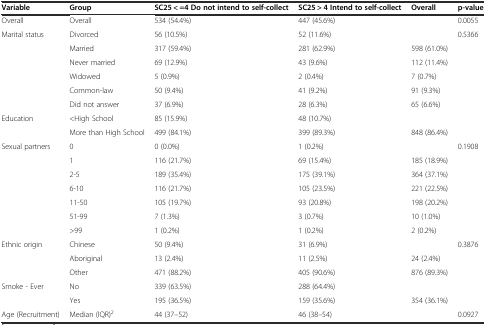
<table><thead><tr><td><b>Variable</b></td><td><b>Group</b></td><td><b>SC25 &lt; =4 Do not intend to self-collect</b></td><td><b>SC25 &gt; 4 Intend to self-collect</b></td><td><b>Overall</b></td><td><b>p-value</b></td></tr></thead><tbody><tr><td>Overall</td><td>Overall</td><td>534 (54.4%)</td><td>447 (45.6%)</td><td>[EMPTY_CELL]</td><td>0.0055</td></tr><tr><td rowspan="6">Marital status</td><td>Divorced</td><td>56 (10.5%)</td><td>52 (11.6%)</td><td>[EMPTY_CELL]</td><td>0.5366</td></tr><tr><td>Married</td><td>317 (59.4%)</td><td>281 (62.9%)</td><td>598 (61.0%)</td><td>[EMPTY_CELL]</td></tr><tr><td>Never married</td><td>69 (12.9%)</td><td>43 (9.6%)</td><td>112 (11.4%)</td><td>[EMPTY_CELL]</td></tr><tr><td>Widowed</td><td>5 (0.9%)</td><td>2 (0.4%)</td><td>7 (0.7%)</td><td>[EMPTY_CELL]</td></tr><tr><td>Common-law</td><td>50 (9.4%)</td><td>41 (9.2%)</td><td>91 (9.3%)</td><td>[EMPTY_CELL]</td></tr><tr><td>Did not answer</td><td>37 (6.9%)</td><td>28 (6.3%)</td><td>65 (6.6%)</td><td>[EMPTY_CELL]</td></tr><tr><td rowspan="2">Education</td><td><high school=""><td>85 (15.9%)</td><td>48 (10.7%)</td><td>[EMPTY_CELL]</td><td>[EMPTY_CELL]</td></high></td></tr><tr><td>More than High School</td><td>499 (84.1%)</td><td>399 (89.3%)</td><td>848 (86.4%)</td><td>[EMPTY_CELL]</td></tr><tr><td rowspan="7">Sexual partners</td><td>0</td><td>0 (0.0%)</td><td>1 (0.2%)</td><td>[EMPTY_CELL]</td><td>0.1908</td></tr><tr><td>1</td><td>116 (21.7%)</td><td>69 (15.4%)</td><td>185 (18.9%)</td><td>[EMPTY_CELL]</td></tr><tr><td>2-5</td><td>189 (35.4%)</td><td>175 (39.1%)</td><td>364 (37.1%)</td><td>[EMPTY_CELL]</td></tr><tr><td>6-10</td><td>116 (21.7%)</td><td>105 (23.5%)</td><td>221 (22.5%)</td><td>[EMPTY_CELL]</td></tr><tr><td>11-50</td><td>105 (19.7%)</td><td>93 (20.8%)</td><td>198 (20.2%)</td><td>[EMPTY_CELL]</td></tr><tr><td>51-99</td><td>7 (1.3%)</td><td>3 (0.7%)</td><td>10 (1.0%)</td><td>[EMPTY_CELL]</td></tr><tr><td>&gt;99</td><td>1 (0.2%)</td><td>1 (0.2%)</td><td>2 (0.2%)</td><td>[EMPTY_CELL]</td></tr><tr><td rowspan="3">Ethnic origin</td><td>Chinese</td><td>50 (9.4%)</td><td>31 (6.9%)</td><td>[EMPTY_CELL]</td><td>0.3876</td></tr><tr><td>Aboriginal</td><td>13 (2.4%)</td><td>11 (2.5%)</td><td>24 (2.4%)</td><td>[EMPTY_CELL]</td></tr><tr><td>Other</td><td>471 (88.2%)</td><td>405 (90.6%)</td><td>876 (89.3%)</td><td>[EMPTY_CELL]</td></tr><tr><td rowspan="2">Smoke - Ever</td><td>No</td><td>339 (63.5%)</td><td>288 (64.4%)</td><td>[EMPTY_CELL]</td><td>[EMPTY_CELL]</td></tr><tr><td>Yes</td><td>195 (36.5%)</td><td>159 (35.6%)</td><td>354 (36.1%)</td><td>[EMPTY_CELL]</td></tr><tr><td>Age (Recruitment)</td><td>Median (IQR)<sup>2</sup></td><td>44 (37–52)</td><td>46 (38–54)</td><td>[EMPTY_CELL]</td><td>0.0927</td></tr></tbody></table>